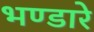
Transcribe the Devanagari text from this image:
भण्‍डारे